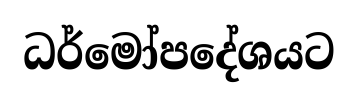
ධර්මෝපදේශයට